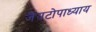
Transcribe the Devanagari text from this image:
जैयटोपाध्याय